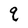
Character: q